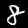
Digit: 8